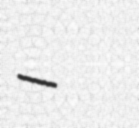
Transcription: – ولاية